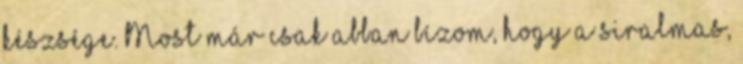
készsége. Most már csak abban bízom, hogy a siralmas,